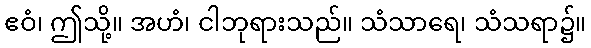
ဧဝံ၊ ဤသို့။ အဟံ၊ ငါဘုရားသည်။ သံသာရေ၊ သံသရာ၌။